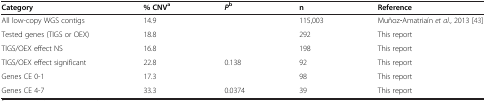
<table><thead><tr><td><b>Category</b></td><td><b>% CNV<sup>a</sup></b></td><td><b><i>P</i><sup>b</sup></b></td><td><b>n</b></td><td><b>Reference</b></td></tr></thead><tbody><tr><td>All low-copy WGS contigs</td><td>14.9</td><td></td><td>115,003</td><td>Muñoz‐Amatriaín <i>et al.</i>, 2013 [43]</td></tr><tr><td>Tested genes (TIGS or OEX)</td><td>18.8</td><td></td><td>292</td><td>This report</td></tr><tr><td>TIGS/OEX effect NS</td><td>16.8</td><td></td><td>198</td><td>This report</td></tr><tr><td>TIGS/OEX effect significant</td><td>22.8</td><td>0.138</td><td>92</td><td>This report</td></tr><tr><td>Genes CE 0-1</td><td>17.3</td><td></td><td>98</td><td>This report</td></tr><tr><td>Genes CE 4-7</td><td>33.3</td><td>0.0374</td><td>39</td><td>This report</td></tr></tbody></table>